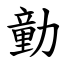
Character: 勭